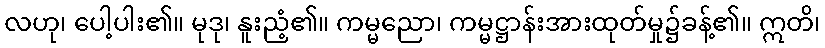
လဟု၊ ပေါ့ပါး၏။ မုဒု၊ နူးညံ့၏။ ကမ္မညော၊ ကမ္မဋ္ဌာန်းအားထုတ်မှု၌ခန့်၏။ ဣတိ၊